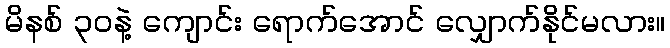
မိနစ် ၃၀နဲ့ ကျောင်း ရောက်အောင် လျှောက်နိုင်မလား။